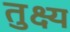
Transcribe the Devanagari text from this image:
तुक्ष्य